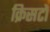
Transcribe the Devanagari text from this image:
क्रिसटो